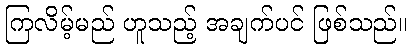
ကြလိမ့်မည် ဟူသည့် အချက်ပင် ဖြစ်သည်။